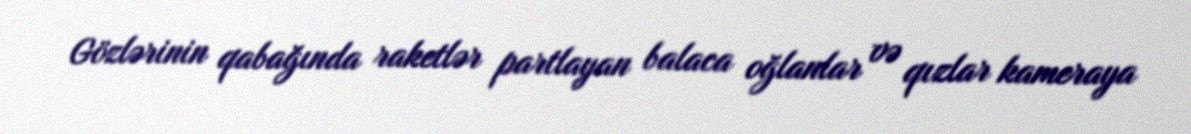
Gözlərinin qabağında raketlər partlayan balaca oğlanlar və qızlar kameraya